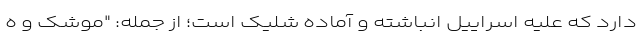
دارد که علیه اسراییل انباشته و آماده شلیک است؛ از جمله: "موشک و ه